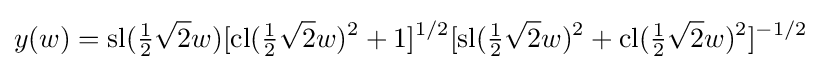
y(w)=\operatorname {sl} ({\tfrac {1}{2}}{\sqrt {2}}w)[\operatorname {cl} ({\tfrac {1}{2}}{\sqrt {2}}w)^{2}+1]^{1/2}[\operatorname {sl} ({\tfrac {1}{2}}{\sqrt {2}}w)^{2}+\operatorname {cl} ({\tfrac {1}{2}}{\sqrt {2}}w)^{2}]^{-1/2}